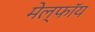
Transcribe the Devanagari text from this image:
मेल्फॉय